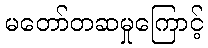
မတော်တဆမှုကြောင့်